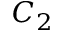
C _ { 2 }